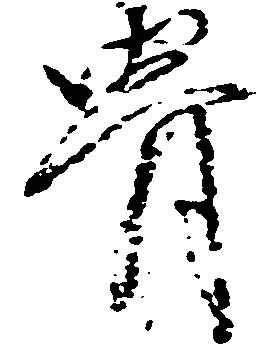
骨